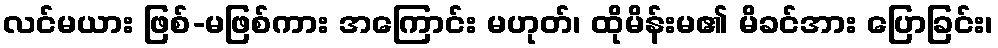
လင်မယား ဖြစ်-မဖြစ်ကား အကြောင်း မဟုတ်၊ ထိုမိန်းမ၏ မိခင်အား ပြောခြင်း၊